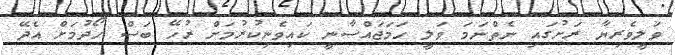
ވަލީވެރިޔާ ރަށުގައި ނެތްނަމަ ވަލީ ހަމަޖައްސާނީ ކައިވެނިކުރުމަށް ރުހޭ ބަސް ހޯދުމަށް އެދޭ